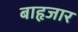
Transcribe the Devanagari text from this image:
बाहृजार